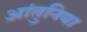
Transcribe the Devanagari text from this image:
आंतुनिया